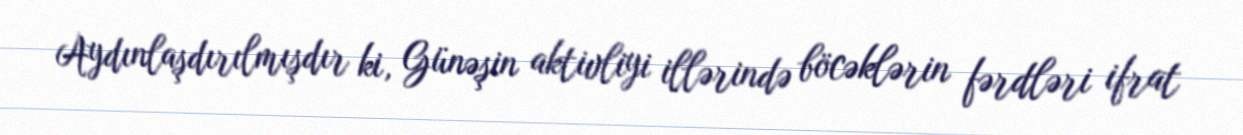
Aydınlaşdırılmışdır ki, Günəşin aktivliyi illərində böcəklərin fərdləri ifrat